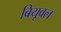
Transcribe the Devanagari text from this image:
बियूवल